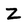
Character: Z